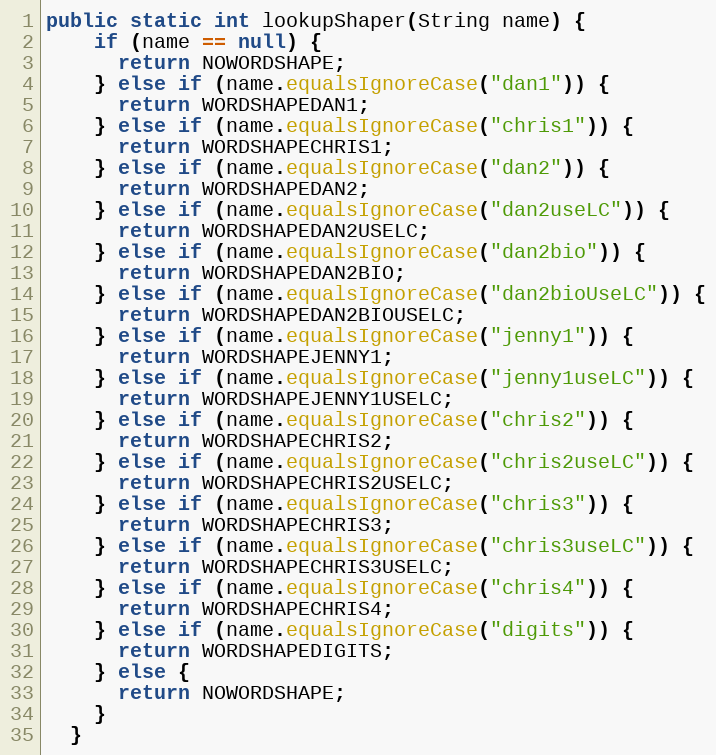
Language: Java
public static int lookupShaper(String name) {
    if (name == null) {
      return NOWORDSHAPE;
    } else if (name.equalsIgnoreCase("dan1")) {
      return WORDSHAPEDAN1;
    } else if (name.equalsIgnoreCase("chris1")) {
      return WORDSHAPECHRIS1;
    } else if (name.equalsIgnoreCase("dan2")) {
      return WORDSHAPEDAN2;
    } else if (name.equalsIgnoreCase("dan2useLC")) {
      return WORDSHAPEDAN2USELC;
    } else if (name.equalsIgnoreCase("dan2bio")) {
      return WORDSHAPEDAN2BIO;
    } else if (name.equalsIgnoreCase("dan2bioUseLC")) {
      return WORDSHAPEDAN2BIOUSELC;
    } else if (name.equalsIgnoreCase("jenny1")) {
      return WORDSHAPEJENNY1;
    } else if (name.equalsIgnoreCase("jenny1useLC")) {
      return WORDSHAPEJENNY1USELC;
    } else if (name.equalsIgnoreCase("chris2")) {
      return WORDSHAPECHRIS2;
    } else if (name.equalsIgnoreCase("chris2useLC")) {
      return WORDSHAPECHRIS2USELC;
    } else if (name.equalsIgnoreCase("chris3")) {
      return WORDSHAPECHRIS3;
    } else if (name.equalsIgnoreCase("chris3useLC")) {
      return WORDSHAPECHRIS3USELC;
    } else if (name.equalsIgnoreCase("chris4")) {
      return WORDSHAPECHRIS4;
    } else if (name.equalsIgnoreCase("digits")) {
      return WORDSHAPEDIGITS;
    } else {
      return NOWORDSHAPE;
    }
  }